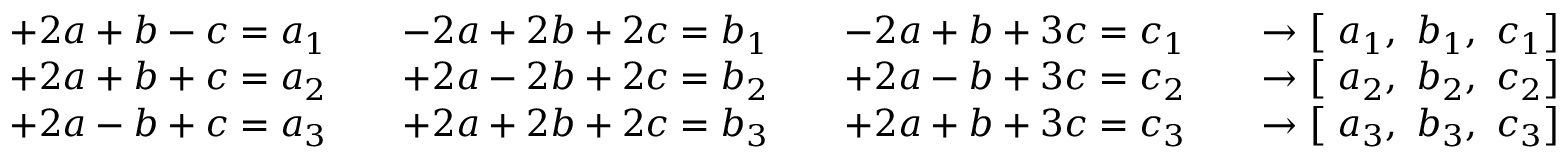
{ \begin{array} { r l } & { { \begin{array} { l l l l } { + 2 a + b - c = a _ { 1 } \quad } & { - 2 a + 2 b + 2 c = b _ { 1 } \quad } & { - 2 a + b + 3 c = c _ { 1 } } & { \quad \to \left[ { \mathrm { ~ } } a _ { 1 } , { \mathrm { ~ } } b _ { 1 } , { \mathrm { ~ } } c _ { 1 } \right] } \end{array} } } \\ & { { \begin{array} { l l l l } { + 2 a + b + c = a _ { 2 } \quad } & { + 2 a - 2 b + 2 c = b _ { 2 } \quad } & { + 2 a - b + 3 c = c _ { 2 } } & { \quad \to \left[ { \mathrm { ~ } } a _ { 2 } , { \mathrm { ~ } } b _ { 2 } , { \mathrm { ~ } } c _ { 2 } \right] } \end{array} } } \\ & { { \begin{array} { l l l l } { + 2 a - b + c = a _ { 3 } \quad } & { + 2 a + 2 b + 2 c = b _ { 3 } \quad } & { + 2 a + b + 3 c = c _ { 3 } } & { \quad \to \left[ { \mathrm { ~ } } a _ { 3 } , { \mathrm { ~ } } b _ { 3 } , { \mathrm { ~ } } c _ { 3 } \right] } \end{array} } } \\ & { } \end{array} }